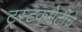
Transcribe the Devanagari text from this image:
ट्रस्टकमेटीचे